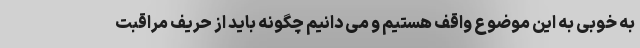
به خوبی به این موضوع واقف هستیم و می دانیم چگونه باید از حریف مراقبت